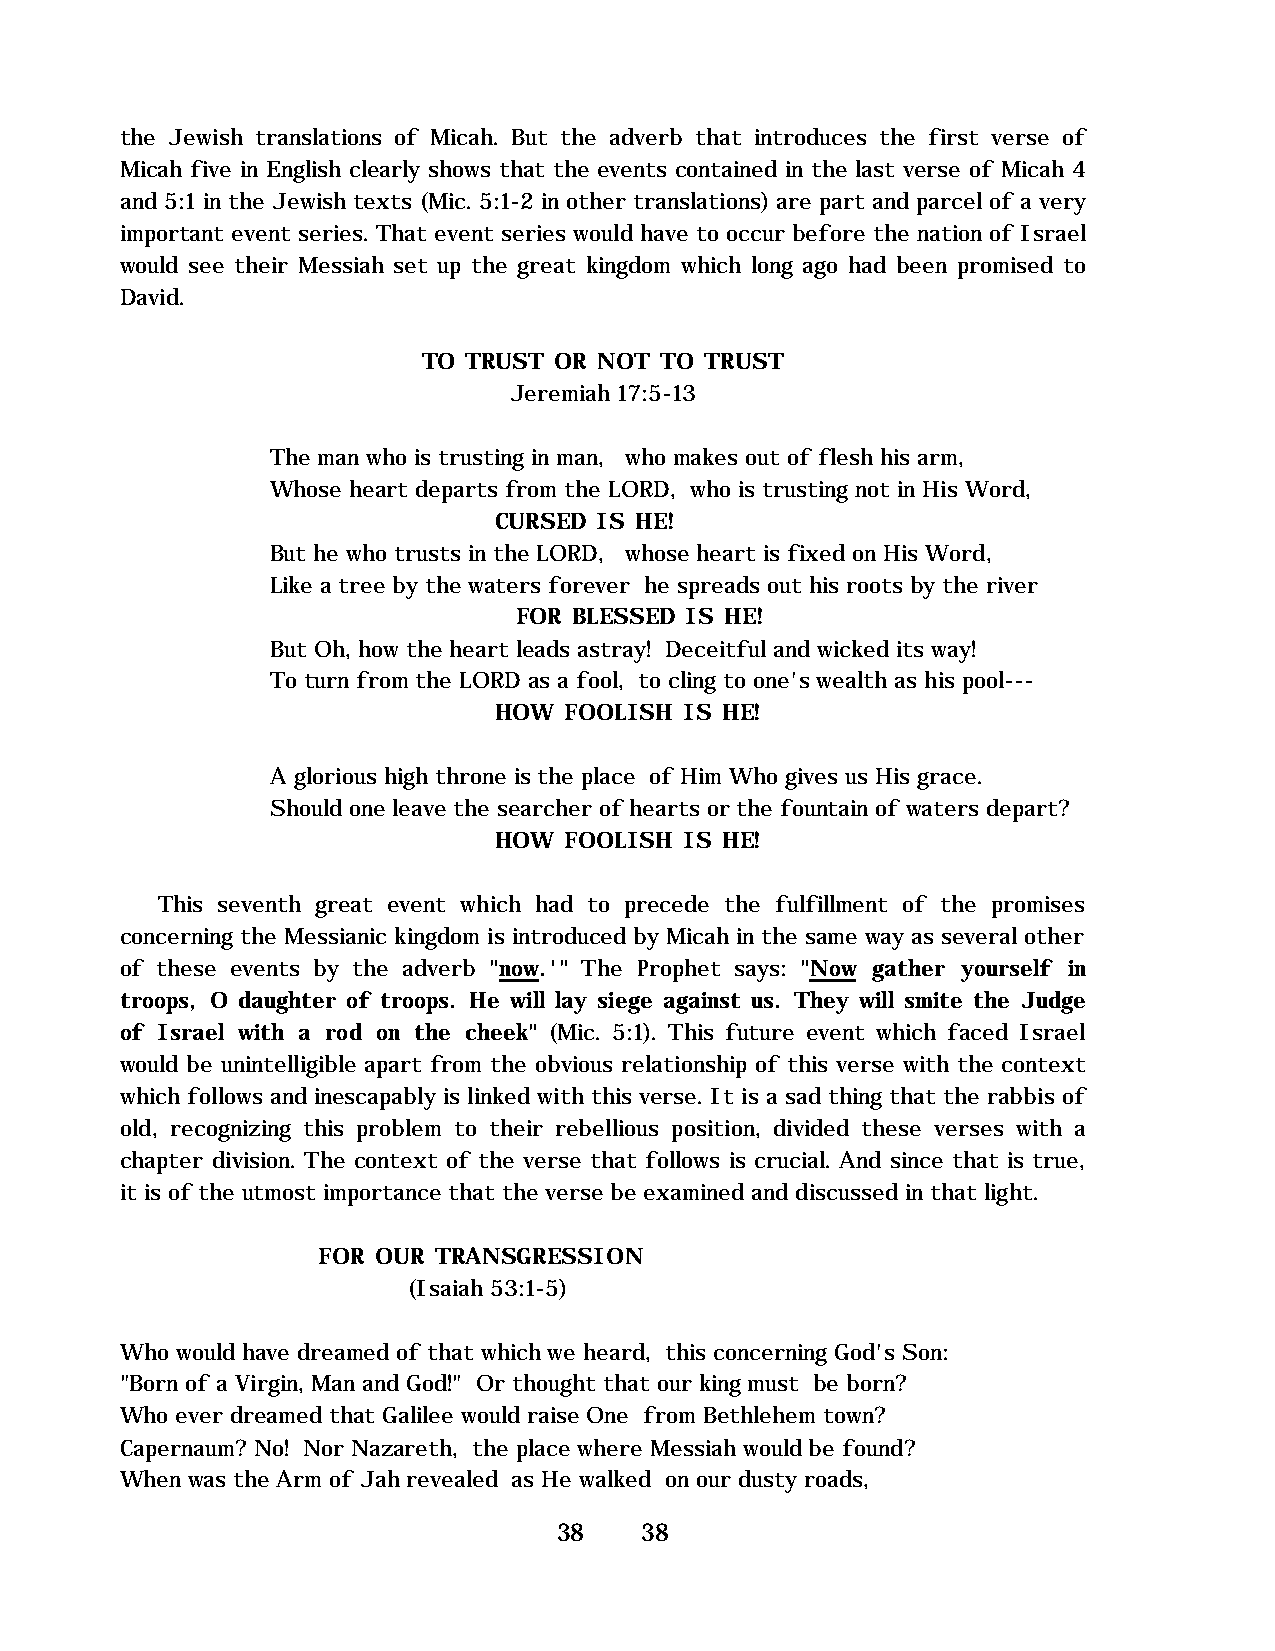
the Jewish translations of Micah. But the adverb that introduces the first verse of
 Micah five in English clearly shows that the events contained in the last verse of Micah 4
 and 5:1 in the Jewish texts (Mic. 5:1-2 in other translations) are part and parcel of a very
 important event series. That event series would have to occur before the nation of Israel
 would see their Messiah set up the great kingdom which long ago had been promised to
 David.
 TO TRUST OR NOT TO TRUST
 Jeremiah 17:5-13
 The man who is trusting in man, who makes out of flesh his arm,
 Whose heart departs from the LORD, who is trusting not in His Word,
 CURSED IS HE!
 But he who trusts in the LORD, whose heart is fixed on His Word,
 Like a tree by the waters forever he spreads out his roots by the river
 FOR BLESSED IS HE!
 But Oh, how the heart leads astray! Deceitful and wicked its way!
 To turn from the LORD as a fool, to cling to one's wealth as his pool---
 HOW FOOLISH IS HE!
 A glorious high throne is the place of Him Who gives us His grace.
 Should one leave the searcher of hearts or the fountain of waters depart?
 HOW FOOLISH IS HE!
 This seventh great event which had to precede the fulfillment of the promises
 concerning the Messianic kingdom is introduced by Micah in the same way as several other
 of these events by the adverb "now.'" The Prophet says: "Now gather yourself in
 troops, O daughter of troops. He will lay siege against us. They will smite the Judge
 of Israel with a rod on the cheek" (Mic. 5:1). This future event which faced Israel
 would be unintelligible apart from the obvious relationship of this verse with the context
 which follows and inescapably is linked with this verse. It is a sad thing that the rabbis of
 old, recognizing this problem to their rebellious position, divided these verses with a
 chapter division. The context of the verse that follows is crucial. And since that is true,
 it is of the utmost importance that the verse be examined and discussed in that light.
 FOR OUR TRANSGRESSION
 (Isaiah 53:1-5)
 Who would have dreamed of that which we heard, this concerning God's Son:
 "Born of a Virgin, Man and God!" Or thought that our king must be born?
 Who ever dreamed that Galilee would raise One from Bethlehem town?
 Capernaum? No! Nor Nazareth, the place where Messiah would be found?
 When was the Arm of Jah revealed as He walked on our dusty roads,
 38   38